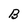
Character: B